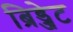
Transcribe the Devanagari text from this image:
ब्रिड्जेट